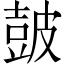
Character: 皷